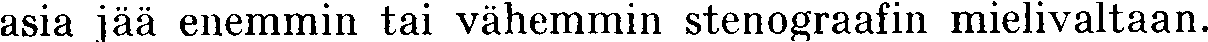
asia jää enemmin tai vähemmin stenograafin mielivaltaan.